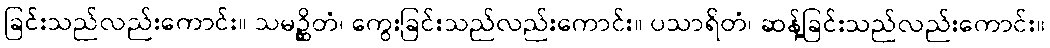
ခြင်းသည်လည်းကောင်း။ သမဉ္ဆိတံ၊ ကွေးခြင်းသည်လည်းကောင်း။ ပသာရိတံ၊ ဆန့်ခြင်းသည်လည်းကောင်း။